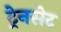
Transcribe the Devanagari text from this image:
ट्रेनसेट